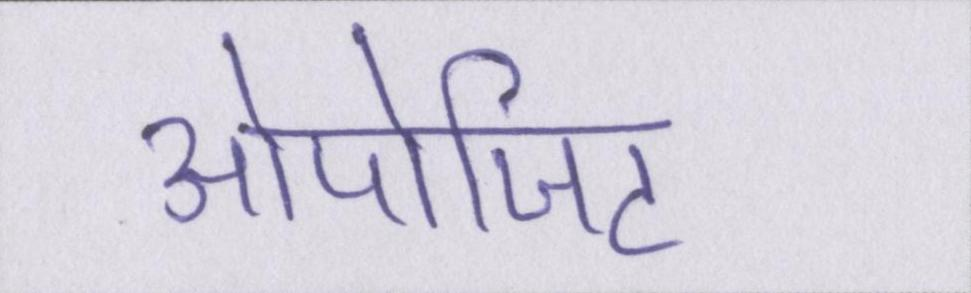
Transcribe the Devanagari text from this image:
ओपोजिट